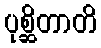
ပုစ္ဆိတာတိ